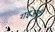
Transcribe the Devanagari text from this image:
गइअइँ।